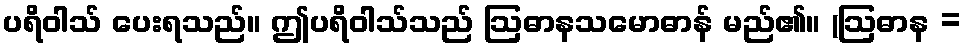
ပရိဝါသ် ပေးရသည်။ ဤပရိဝါသ်သည် ဩဓာနသမောဓာန် မည်၏။ (ဩဓာန =